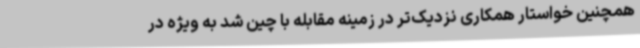
همچنین خواستار همکاری نزدیک‌تر در زمینه مقابله با چین شد به ویژه در